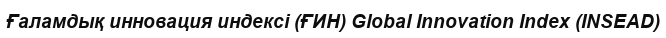
Ғаламдық инновация индексі (ҒИН) Global Innovation Index (INSEAD)